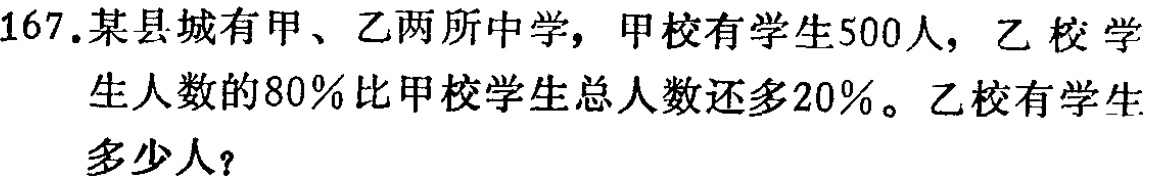
167.某县城有甲、乙两所中学，甲校有学生500人，乙校学生人数的80%比甲校学生总人数还多20%。乙校有学生多少人？